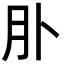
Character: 𦘱